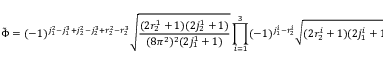
\tilde { \Phi } = ( - 1 ) ^ { j _ { 1 } ^ { 2 } - j _ { 1 } ^ { 3 } + j _ { 2 } ^ { 2 } - j _ { 2 } ^ { 3 } + r _ { 2 } ^ { 2 } - r _ { 2 } ^ { 3 } } \sqrt { \frac { ( 2 r _ { 2 } ^ { 1 } + 1 ) ( 2 j _ { 2 } ^ { 1 } + 1 ) } { ( 8 \pi ^ { 2 } ) ^ { 2 } ( 2 j _ { 1 } ^ { 1 } + 1 ) } } \prod _ { i = 1 } ^ { 3 } ( - 1 ) ^ { j _ { 1 } ^ { i } - r _ { 2 } ^ { i } } \sqrt { ( 2 r _ { 2 } ^ { i } + 1 ) ( 2 j _ { 1 } ^ { i } + 1 ) ( 2 j _ { 2 } ^ { i } + 1 ) } .